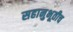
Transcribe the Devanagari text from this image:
सहानुभूतीच